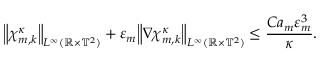
\mathopen { } \mathclose \bgroup \left\| { \boldsymbol { \chi } } _ { m , k } ^ { \kappa } \aftergroup \egroup \right\| _ { L ^ { \infty } ( \ensuremath { \mathbb { R } } \times \ensuremath { \mathbb { T } } ^ { 2 } ) } + \varepsilon _ { m } \mathopen { } \mathclose \bgroup \left\| \nabla { \boldsymbol { \chi } } _ { m , k } ^ { \kappa } \aftergroup \egroup \right\| _ { L ^ { \infty } ( \ensuremath { \mathbb { R } } \times \ensuremath { \mathbb { T } } ^ { 2 } ) } \leq \frac { C a _ { m } \varepsilon _ { m } ^ { 3 } } { \kappa } .